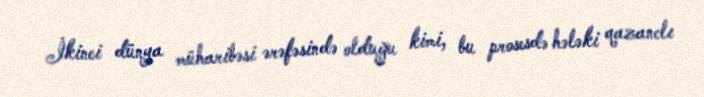
İkinci dünya müharibəsi ərəfəsində olduğu kimi, bu prosesdə hələki qazanclı